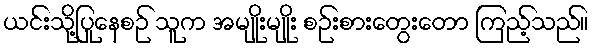
ယင်းသို့ပြုနေစဉ် သူက အမျိုးမျိုး စဉ်းစားတွေးတော ကြည့်သည်။